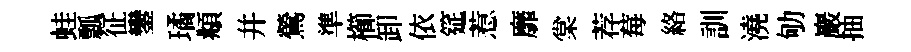
蛙瓢征鑾璚頫幷鶯準櫛卸依筵惹靡棠荐莓絡訓澆劬巖抽